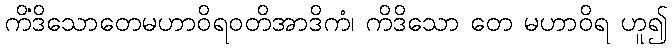
ကိံဒိသောတေမဟာဝိရဝတိအာဒိကံ၊ ကိဒိသော တေ မဟာဝိရ ဟူ၍